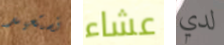
نستعيد عشاء لدي